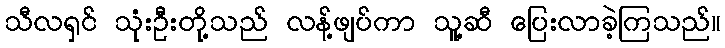
သီလရှင် သုံးဦးတို့သည် လန့်ဖျပ်ကာ သူ့ဆီ ပြေးလာခဲ့ကြသည်။